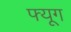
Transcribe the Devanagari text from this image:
फ्यूग